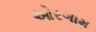
ઓરગામ